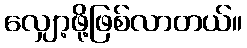
လျှော့ဖို့ဖြစ်လာတယ်။